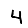
Digit: 4